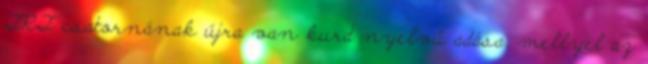
TRT csatornának újra van kurd nyelvű adása, mellyel az